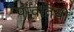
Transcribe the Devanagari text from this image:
पावतियों